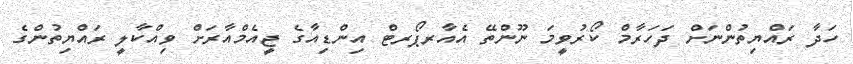
ހަދާ ރައްޔިތުންނަށް ދަހަރާމް ކޯރުވީމަ ނޫންތޭ އެއާރޕޯރޓް އިންޑިއާގެ ޖީއެމްއާރަށް ވިއްކާލީ ރައްޔިތުންގެ